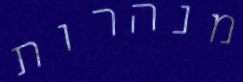
מנהרות